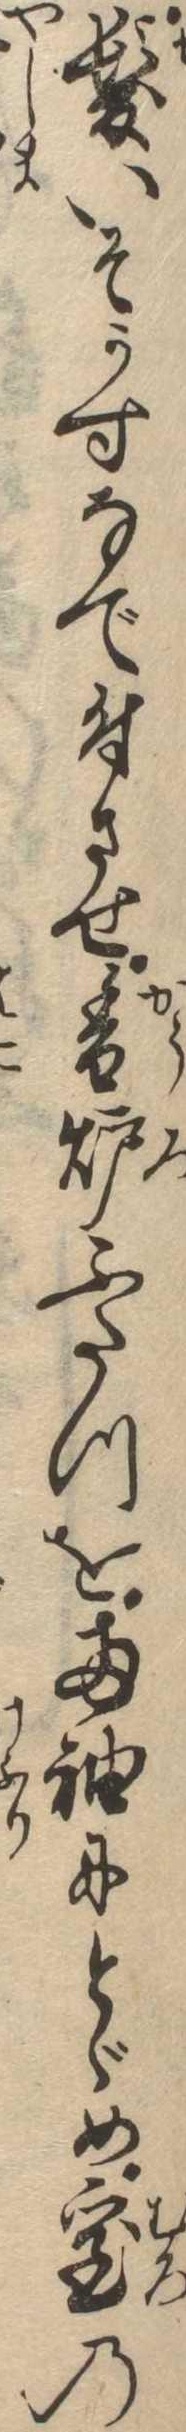
髪いそかすなで付させ香炉ふたつを両袖にとゞめ室の